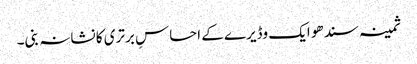
ثمینہ سندھو ایک وڈیرے کے احساسِ برتری کا نشانہ بنی۔